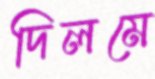
দিলমে